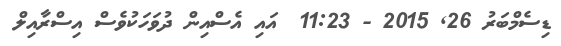
ޑިސެމްބަރު 26